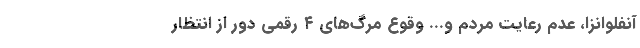
آنفلوانزا، عدم رعایت مردم و... وقوع مرگ‌های ۴ رقمی دور از انتظار